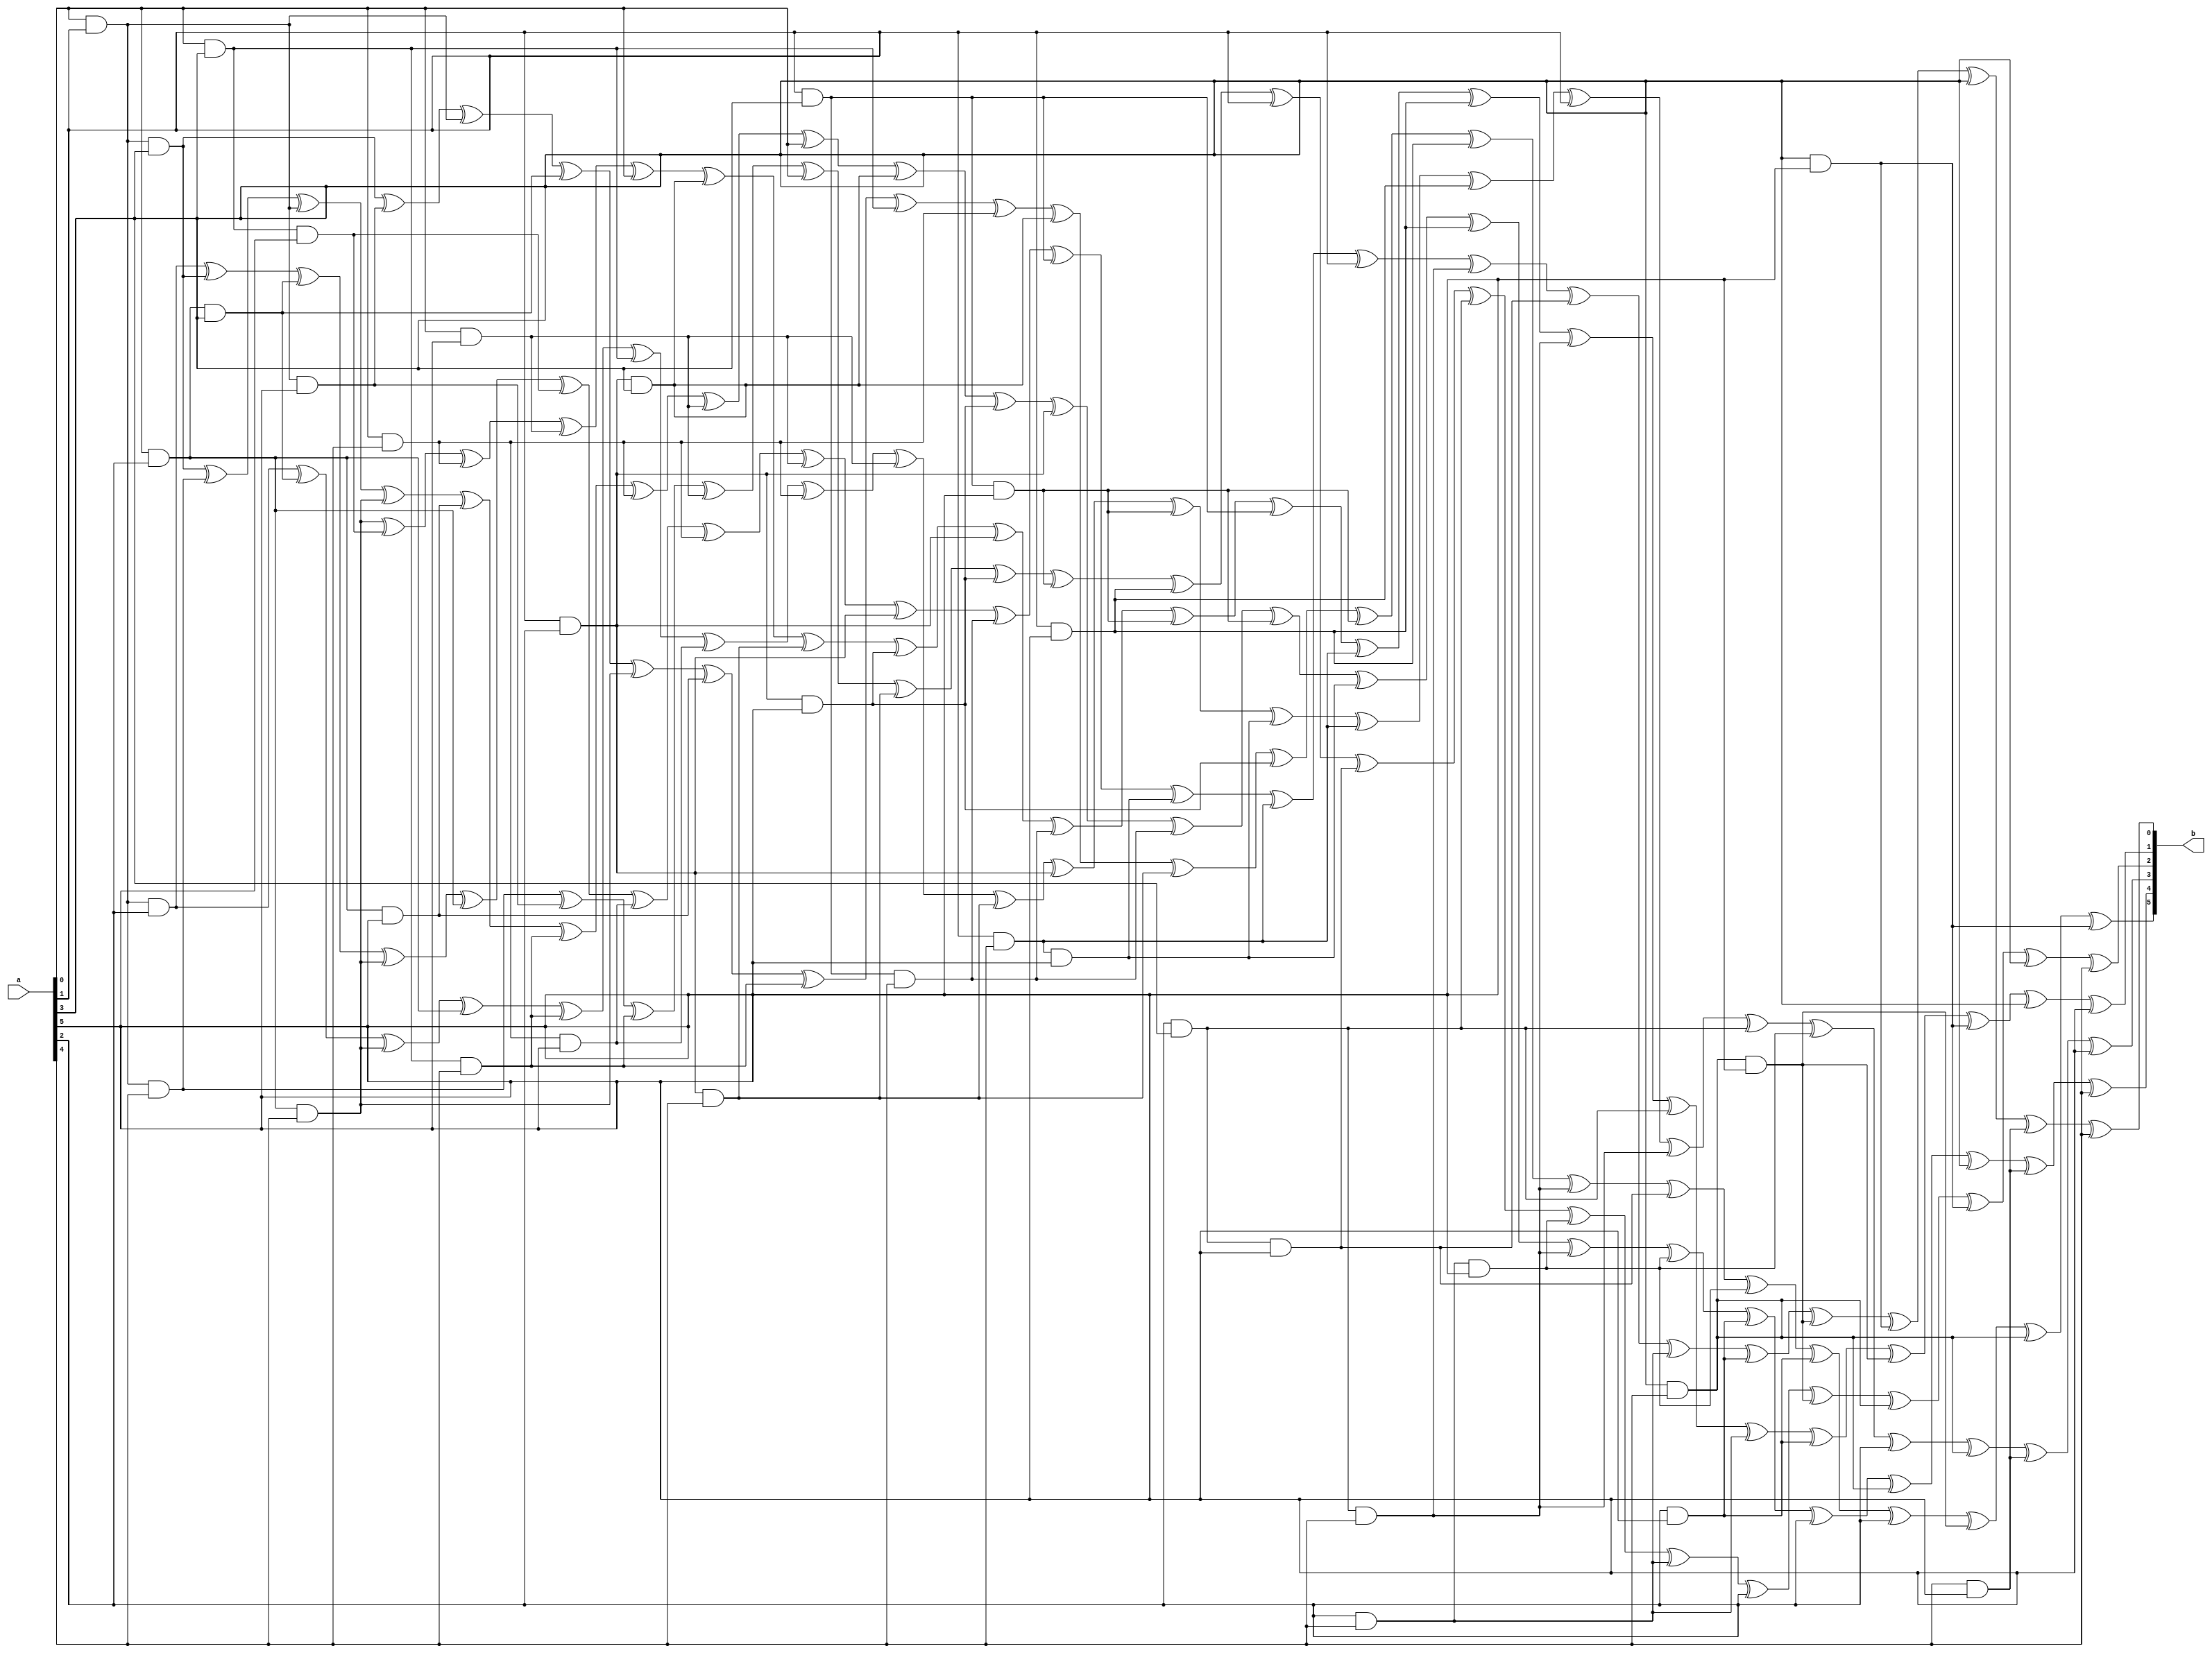
`timescale 1ns/100ps
module SMS_52_ANF(a,b);
	 input [5:0] a;
	 output [5:0] b;
	 assign b[0]=a[0]&a[1]&a[2] ^ a[0]&a[1]&a[3] ^ a[0]&a[2]&a[3] ^ a[0]&a[2]&a[4] ^ a[0]&a[2] ^ a[0]&a[3]&a[5] ^ a[0]&a[4]&a[5] ^ a[0]&a[4] ^ a[0]&a[5] ^ a[1]&a[2] ^ a[1]&a[3]&a[4] ^ a[1]&a[3] ^ a[1]&a[4]&a[5] ^ a[1]&a[4] ^ a[1] ^ a[2]&a[3]&a[4] ^ a[2]&a[3]&a[5] ^ a[2]&a[4] ^ a[2]&a[5] ^ a[3]&a[4]&a[5] ^ a[3]&a[5] ^ a[3] ^ a[4]&a[5] ^ a[4];
	 assign b[1]=a[0]&a[2]&a[4] ^ a[0]&a[3]&a[5] ^ a[0]&a[4] ^ a[0]&a[5] ^ a[0] ^ a[1]&a[2]&a[3] ^ a[1]&a[2]&a[4] ^ a[1]&a[2]&a[5] ^ a[1]&a[2] ^ a[1]&a[3]&a[4] ^ a[1]&a[3]&a[5] ^ a[1]&a[3] ^ a[1]&a[4] ^ a[1]&a[5] ^ a[2]&a[3]&a[4] ^ a[2]&a[3] ^ a[2]&a[4] ^ a[2]&a[5] ^ a[3]&a[4]&a[5] ^ a[3]&a[5] ^ a[3] ^ a[5];
	 assign b[2]=a[0]&a[1]&a[4] ^ a[0]&a[1]&a[5] ^ a[0]&a[3]&a[4] ^ a[0]&a[5] ^ a[0] ^ a[1]&a[2]&a[4] ^ a[1]&a[2]&a[5] ^ a[1]&a[3]&a[5] ^ a[1]&a[5] ^ a[1] ^ a[2]&a[3]&a[5] ^ a[2]&a[3] ^ a[2]&a[4]&a[5] ^ a[2]&a[4] ^ a[2] ^ a[3]&a[4]&a[5] ^ a[3]&a[4] ^ a[3]&a[5] ^ a[3] ^ a[4];
	 assign b[3]=a[0]&a[1]&a[2] ^ a[0]&a[2]&a[3] ^ a[0]&a[2]&a[4] ^ a[0]&a[2] ^ a[0]&a[3]&a[4] ^ a[0]&a[3] ^ a[0]&a[4]&a[5] ^ a[0]&a[4] ^ a[0]&a[5] ^ a[1]&a[2]&a[4] ^ a[1]&a[2] ^ a[1]&a[3]&a[5] ^ a[1]&a[4]&a[5] ^ a[1]&a[4] ^ a[1]&a[5] ^ a[1] ^ a[2]&a[3]&a[4] ^ a[2]&a[3] ^ a[2]&a[4]&a[5] ^ a[2] ^ a[3]&a[4] ^ a[4]&a[5] ^ a[5];
	 assign b[4]=a[0]&a[1]&a[3] ^ a[0]&a[1]&a[4] ^ a[0]&a[1] ^ a[0]&a[2]&a[4] ^ a[0]&a[2]&a[5] ^ a[0]&a[3]&a[4] ^ a[0]&a[4] ^ a[0]&a[5] ^ a[0] ^ a[1]&a[2]&a[3] ^ a[1]&a[2]&a[5] ^ a[1]&a[2] ^ a[1]&a[3]&a[4] ^ a[1]&a[3]&a[5] ^ a[1]&a[4]&a[5] ^ a[1]&a[5] ^ a[2]&a[3]&a[4] ^ a[2]&a[4]&a[5] ^ a[2]&a[5] ^ a[2] ^ a[3]&a[4] ^ a[3] ^ a[4]&a[5] ^ a[4];
	 assign b[5]=a[0]&a[1]&a[3] ^ a[0]&a[1]&a[5] ^ a[0]&a[1] ^ a[0]&a[2]&a[3] ^ a[0]&a[2]&a[4] ^ a[0]&a[2]&a[5] ^ a[0]&a[3]&a[4] ^ a[0]&a[3] ^ a[0]&a[4] ^ a[1]&a[2]&a[3] ^ a[1]&a[2]&a[4] ^ a[1]&a[2]&a[5] ^ a[1]&a[3]&a[5] ^ a[1]&a[5] ^ a[2]&a[3]&a[4] ^ a[2]&a[3]&a[5] ^ a[2]&a[4]&a[5] ^ a[2]&a[5] ^ a[2] ^ a[3]&a[4]&a[5] ^ a[3]&a[4] ^ a[3]&a[5];
endmodule